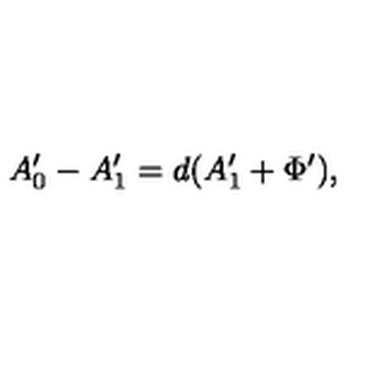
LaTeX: A _ { 0 } ^ { \prime } - A _ { 1 } ^ { \prime } = d ( A _ { 1 } ^ { \prime } + \Phi ^ { \prime } ) ,